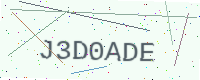
Text: J3D0ADE